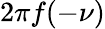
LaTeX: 2\pi f(-\nu)